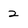
Character: 2